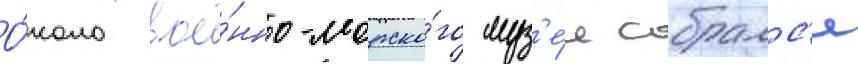
О́коло вое́нно-морско́го муз'е́я собралс'я